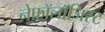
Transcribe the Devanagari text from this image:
नेफ्रॉलॉजिस्ट